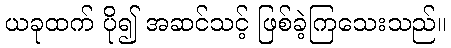
ယခုထက် ပို၍ အဆင်သင့် ဖြစ်ခဲ့ကြသေးသည်။